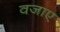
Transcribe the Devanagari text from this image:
वजाए